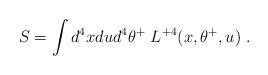
LaTeX: \begin{align*}S = \int d^4x du d^4\theta^+\; L^{+4}(x,\theta^+,u)\ .\end{align*}